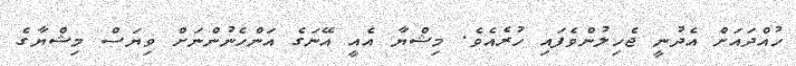
ހުއްދައަށް އެދުނީ ޖެހިލުންވެފައި ހުރެއެވެ. މިޝްޔާ އެއީ އޭނަގެ އަންހެނުންނަށް ވިޔަސް މިޝްޔާގެ